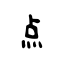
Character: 点